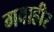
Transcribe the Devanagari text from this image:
गवाहीर